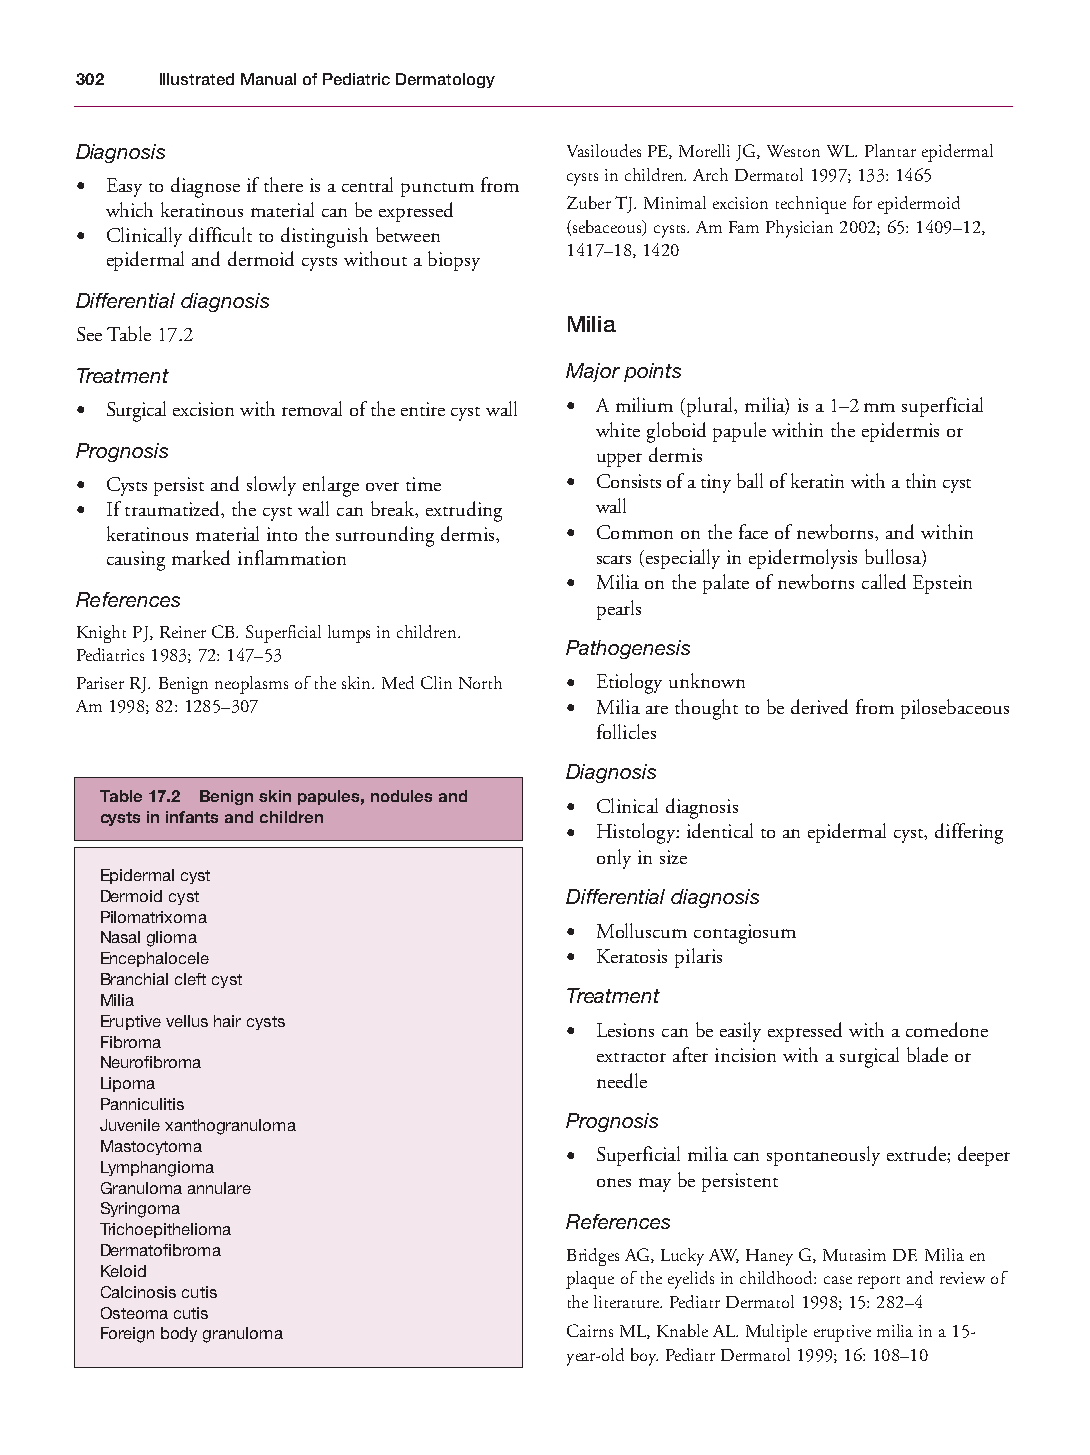
Mallory Chapter 17 27/1/05 2:53 pm Page 302
 302  Illustrated Manual of Pediatric Dermatology
 Diagnosis                       Vasiloudes PE, Morelli JG, Weston WL. Plantar epidermal
 cysts in children. Arch Dermatol 1997; 133: 1465
 • Easy to diagnose if there is a central punctum from
 which keratinous material can be expressed Zuber TJ. Minimal excision technique for epidermoid
 • Clinically difficult to distinguish between (sebaceous) cysts. Am Fam Physician 2002; 65: 1409–12,
 1417–18, 1420
 epidermal and dermoid cysts without a biopsy
 Differential diagnosis
 Milia
 See Table 17.2
 Treatment                       Major points
 • Surgical excision with removal of the entire cyst wall • A milium (plural, milia) is a 1–2mm superficial
 white globoid papule within the epidermis or
 Prognosis                         upper dermis
 • Cysts persist and slowly enlarge over time • Consists of a tiny ball of keratin with a thin cyst
 • If traumatized, the cyst wall can break, extruding wall
 keratinous material into the surrounding dermis, • Common on the face of newborns, and within
 causing marked inflammation     scars (especially in epidermolysis bullosa)
 • Milia on the palate of newborns called Epstein
 References
 pearls
 Knight PJ, Reiner CB. Superficial lumps in children.
 Pathogenesis
 Pediatrics 1983; 72: 147–53
 Pariser RJ. Benign neoplasms of the skin. Med Clin North • Etiology unknown
 Am 1998; 82: 1285–307           • Milia are thought to be derived from pilosebaceous
 follicles
 Diagnosis
 Table 17.2 Benign skin papules, nodules and
 • Clinical diagnosis
 cysts in infants and children
 • Histology: identical to an epidermal cyst, differing
 only in size
 Epidermal cyst
 Dermoid cyst                  Differential diagnosis
 Pilomatrixoma
 • Molluscum contagiosum
 Nasal glioma
 Encephalocele                 • Keratosis pilaris
 Branchial cleft cyst
 Milia                         Treatment
 Eruptive vellus hair cysts
 • Lesions can be easily expressed with a comedone
 Fibroma
 extractor after incision with a surgical blade or
 Neurofibroma
 Lipoma                          needle
 Panniculitis
 Prognosis
 Juvenile xanthogranuloma
 Mastocytoma
 • Superficial milia can spontaneously extrude; deeper
 Lymphangioma
 ones may be persistent
 Granuloma annulare
 Syringoma
 References
 Trichoepithelioma
 Dermatofibroma                Bridges AG, Lucky AW, Haney G, Mutasim DF. Milia en
 Keloid
 plaque of the eyelids in childhood: case report and review of
 Calcinosis cutis
 the literature. Pediatr Dermatol 1998; 15: 282–4
 Osteoma cutis
 Foreign body granuloma        Cairns ML, Knable AL. Multiple eruptive milia in a 15-
 year-old boy. Pediatr Dermatol 1999; 16: 108–10